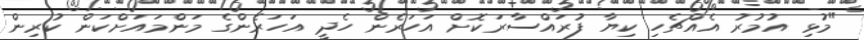
"މުޅި އުމުރު އެއްޗެހި ކިޔާ ފުރައްސާރަކޮށް އަހަރެން ހެދީ އަހަރެންގެ މަންމައަށްކަން ކުރިން